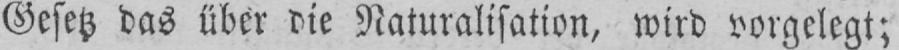
Gesetz das über die Naturalisation, wird vorgelegt;